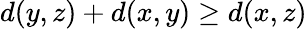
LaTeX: d(y,z)+d(x,y)\geq d(x,z)